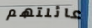
عائلتهم